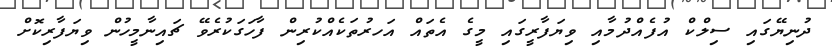
ދުނިޔޭގައި ސިލްކް އުފެއްދުމާއި ވިޔަފާރީގައި މީގެ އެތައް އަހރުތަކެއްކުރިން ފާހަގަކުރެވޭ ޗައިނާމީހުން ވިޔަފާރިކޮށް